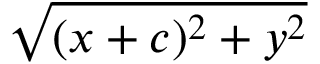
\sqrt { ( x + c ) ^ { 2 } + y ^ { 2 } }